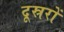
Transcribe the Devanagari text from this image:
दूस्ररों